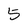
Character: 5